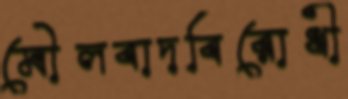
মৌলবাদবিরোধী